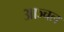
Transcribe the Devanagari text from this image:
आञ्चल